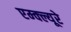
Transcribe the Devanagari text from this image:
एम्क्ल्यूरे